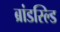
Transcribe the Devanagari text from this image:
ब्रांडस्ल्डि